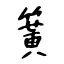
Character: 簧